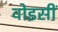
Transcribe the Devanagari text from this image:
वोइसीं